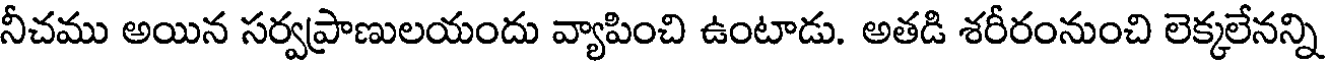
నీచము అయిన సర్వప్రాణులయందు వ్యాపించి ఉంటాడు. అతడి శరీరంనుంచి లెక్కలేనన్ని